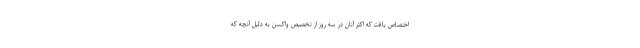
اختصاص یافت که اکثر آنان در سه روز از تخصیص واکسن به دلیل آنچه که